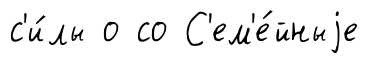
с'и́лы о со С'ем'е́йныjе